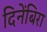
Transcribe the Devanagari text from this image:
दिनेंबिरा